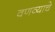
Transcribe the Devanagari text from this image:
वणव्याचे